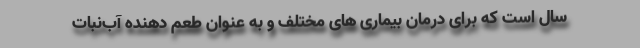
سال است که برای درمان بیماری‌ های مختلف و به عنوان طعم‌ دهنده آب‌نبات‌